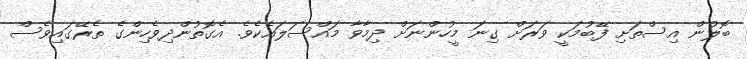
ބޮލުން އިސްތަށި ފޭބުމަކީ ވަރަށް ގިނަ މީހުންނަށް ދިމާވާ މައްސަލައެކެވެ. އެގޮތުންދިވެހިންގެ ތެރޭގައިވެސް